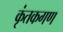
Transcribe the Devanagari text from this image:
कृंतकगण